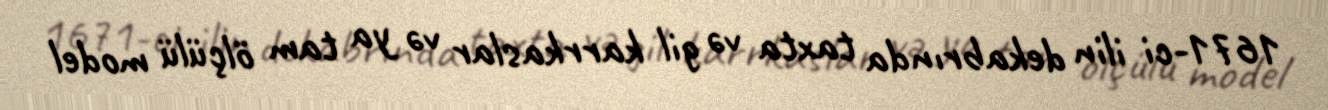
1671-ci ilin dekabrında taxta və gil karrkaslar və ya tam ölçülü model